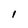
Character: I